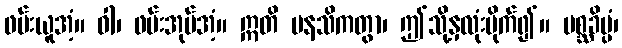
ဖမ်းယူအံ့။ ဝါ၊ ဖမ်းအုပ်အံ့။ ဣတိ မနသိကတွာ၊ ဤသို့နှလုံးပိုက်၍။ မစ္ဆခိပ္ပံ၊